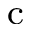
^ \mathrm { c }